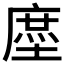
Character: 𰊤